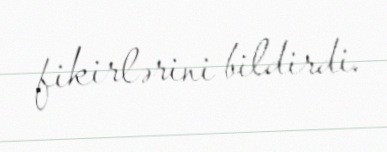
fikirlərini bildirdi.